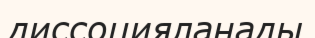
диссоцияланады